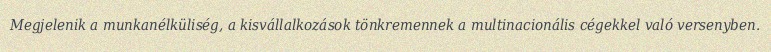
Megjelenik a munkanélküliség, a kisvállalkozások tönkremennek a multinacionális cégekkel való versenyben.